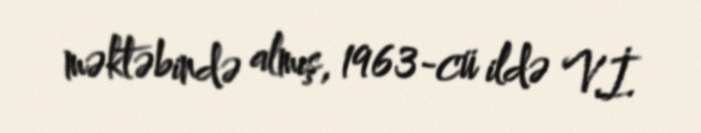
məktəbində almış, 1963-cü ildə V.İ.